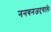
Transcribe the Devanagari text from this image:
ननवनजदृगालेः